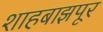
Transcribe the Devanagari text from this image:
शाहबाझपूर